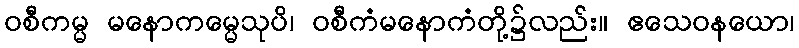
ဝစီကမ္မ မနောကမ္မေသုပိ၊ ဝစီကံမနောကံတို့၌လည်း။ ဧသေဝနယော၊